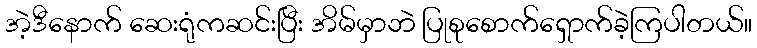
အဲ့ဒီနောက် ဆေးရုံကဆင်းပြီး အိမ်မှာဘဲ ပြုစုစောက်ရှောက်ခဲ့ကြပါတယ်။